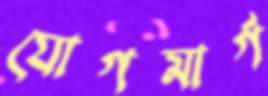
যোগমার্গ